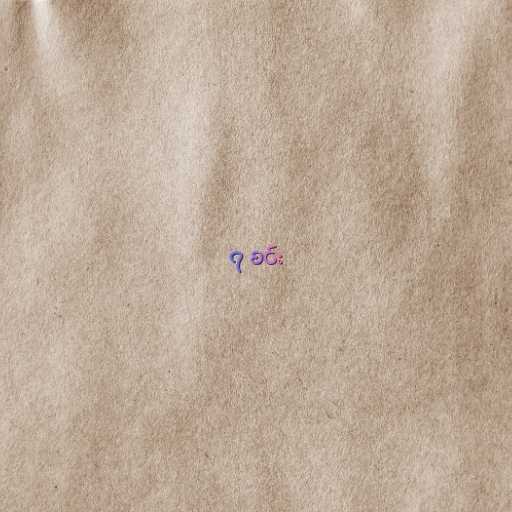
၇ စင်း